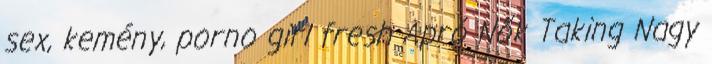
sex, kemény, porno girl fresh Apró Nők Taking Nagy